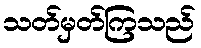
သတ်မှတ်ကြသည်